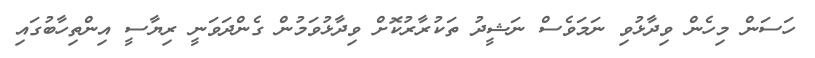
ހަސަން މިހެން ވިދާޅުވި ނަމަވެސް ނަޝީދު ތަކުރާރުކޮށް ވިދާޅުވަމުން ގެންދަވަނީ ރިޔާސީ އިންތިހާބުގައި